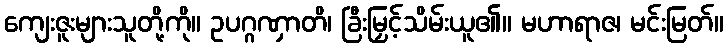
ကျေးဇူးများသူတို့ကို။ ဥပဂ္ဂဏှာတိ၊ ခြီးမြှင့်သိမ်းယူ၏။ မဟာရာဇ၊ မင်းမြတ်။